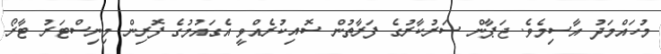
މުހައްމަދު އާސިމެވެ. ޖަޕާން ސަރުކާރުގެ ފަރާތުން ސޮއިކުރެއްވީ އެގައުމުގެ ފޮރިން މިނިސްޓަރު ޓާރޯ